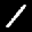
Label: 1